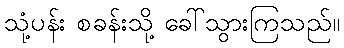
သုံ့ပန်း စခန်းသို့ ခေါ်သွားကြသည်။